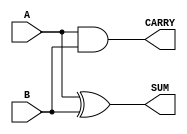
module Parameterized_Half_Adder #(
    parameter BIT_WIDTH = 1 // Default bit width set to 1 for half-adder
) (
    input  wire [BIT_WIDTH-1:0] A, // Input A
    input  wire [BIT_WIDTH-1:0] B, // Input B
    output wire [BIT_WIDTH-1:0] SUM, // Output SUM
    output wire [BIT_WIDTH-1:0] CARRY // Output CARRY
);

    // Perform XOR for Sum calculation
    assign SUM = A ^ B;

    // Perform AND for Carry calculation
    assign CARRY = A & B;

endmodule